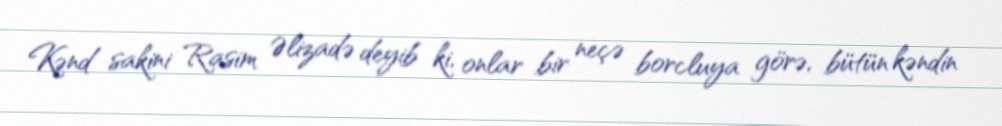
Kənd sakini Rasim Əlizadə deyib ki, onlar bir neçə borcluya görə, bütün kəndin